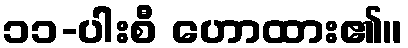
၁၁-ပါးစီ ဟောထား၏။